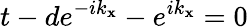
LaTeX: t-de^{-ik_{\mathbf{x}}}-e^{ik_{\mathbf{x}}}=0